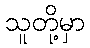
သူတို့မှာ